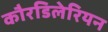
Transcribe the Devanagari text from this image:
कौरडिलेरियन